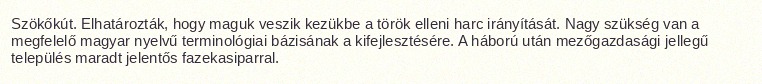
Szökőkút. Elhatározták, hogy maguk veszik kezükbe a török elleni harc irányítását. Nagy szükség van a megfelelő magyar nyelvű terminológiai bázisának a kifejlesztésére. A háború után mezőgazdasági jellegű település maradt jelentős fazekasiparral.